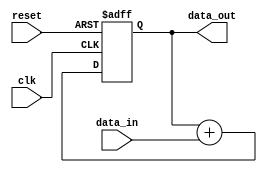
module accumulator (
    input clk,
    input reset,
    input [15:0] data_in,
    output reg [31:0] data_out
);

reg [31:0] accumulator;

always @(posedge clk or posedge reset) begin
    if (reset) begin
        accumulator <= 0;
    end else begin
        accumulator <= accumulator + data_in;
    end
end

assign data_out = accumulator;

endmodule